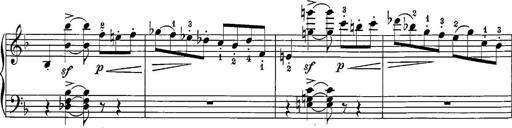
Title: 12 Sonatine per Pianoforte
Composer: Friedrich Kuhlau